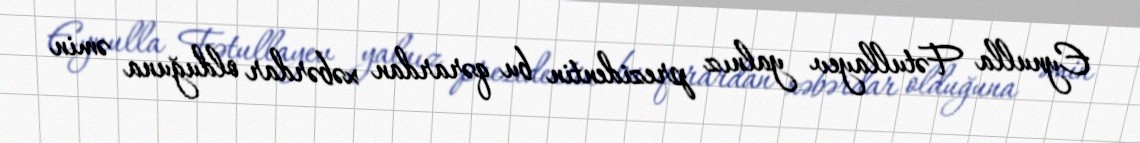
Eynulla Fətullayev yalnız prezidentin bu qərardan xəbərdar olduğuna əmin